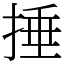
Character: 捶